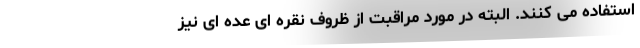
استفاده می کنند. البته در مورد مراقبت از ظروف نقره ای عده ای نیز